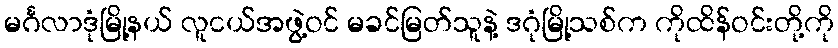
မင်္ဂလာဒုံမြို့နယ် လူငယ်အဖွဲ့ဝင် မခင်မြတ်သူနဲ့ ဒဂုံမြို့သစ်က ကိုထိန်ဝင်းတို့ကို